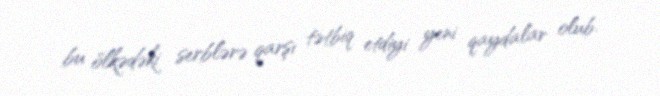
bu ölkədəki serblərə qarşı tətbiq etdiyi yeni qaydalar olub.